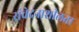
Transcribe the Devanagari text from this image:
संवेदनाशीलता